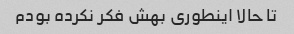
تا حالا اینطوری بهش فکر نکرده بودم